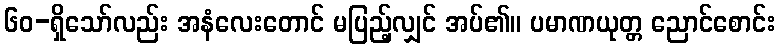
၆၀-ရှိသော်လည်း အနံလေးတောင် မပြည့်လျှင် အပ်၏။ ပမာဏယုတ္တ ညောင်စောင်း